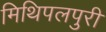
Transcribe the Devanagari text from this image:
मिथिपलपुरी